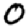
Digit: 0